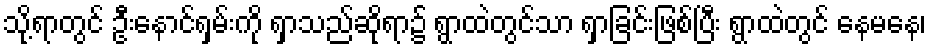
သို့ရာတွင် ဦးနောင်ရှမ်းကို ရှာသည်ဆိုရာ၌ ရွာထဲတွင်သာ ရှာခြင်းဖြစ်ပြီး ရွာထဲတွင် နေမနေ၊